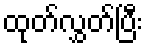
ထုတ်လွှတ်ပြီး